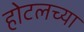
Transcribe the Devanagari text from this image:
होटलच्या